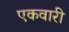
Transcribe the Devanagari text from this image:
एकवारी